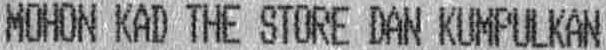
MOHON KAD THE STORE DAN KUMPULKAN